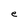
Character: e